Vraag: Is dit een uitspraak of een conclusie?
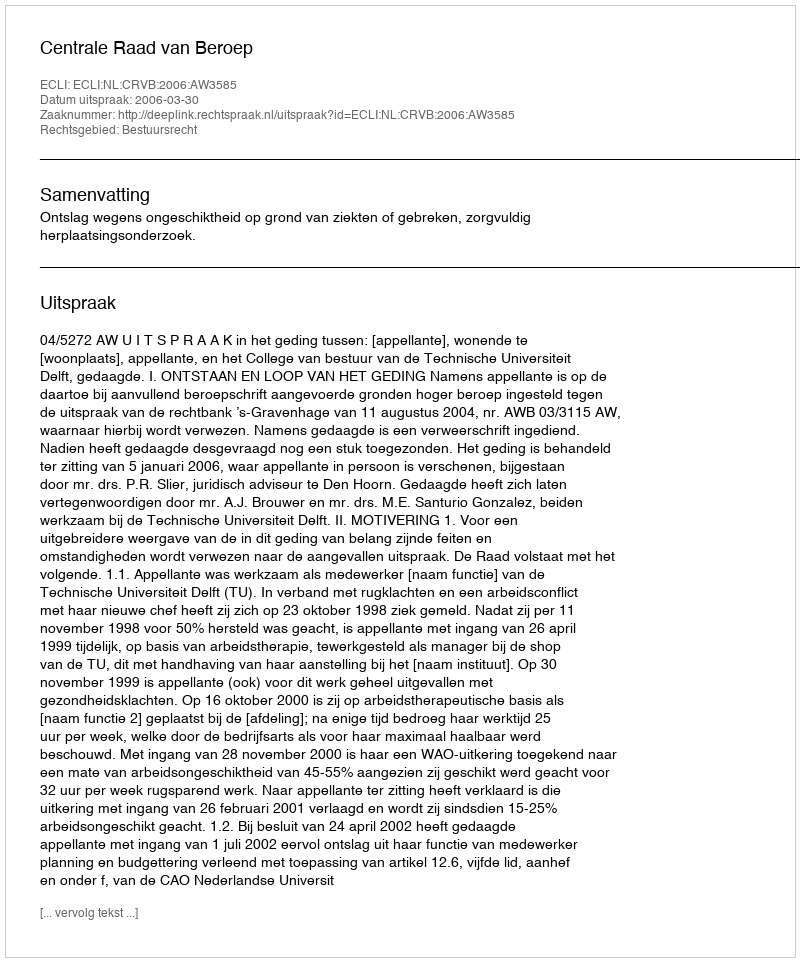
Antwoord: Uitspraak